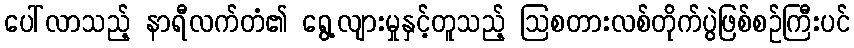
ပေါ်လာသည့် နာရီလက်တံ၏ ရွေ့လျားမှုနှင့်တူသည့် ဩစတားလစ်တိုက်ပွဲဖြစ်စဉ်ကြီးပင်